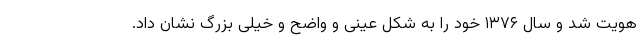
هویت شد و سال ۱۳۷۶ خود را به شکل عینی و واضح و خیلی بزرگ نشان داد.